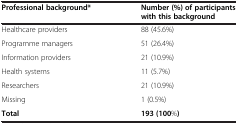
<table><thead><tr><td><b>Professional background*</b></td><td><b>Number (%) of participants with this background</b></td></tr></thead><tbody><tr><td>Healthcare providers</td><td>88 (45.6%)</td></tr><tr><td>Programme managers</td><td>51 (26.4%)</td></tr><tr><td>Information providers</td><td>21 (10.9%)</td></tr><tr><td>Health systems</td><td>11 (5.7%)</td></tr><tr><td>Researchers</td><td>21 (10.9%)</td></tr><tr><td>Missing</td><td>1 (0.5%)</td></tr><tr><td><b>Total</b></td><td><b>193 (100</b>%<b>)</b></td></tr></tbody></table>